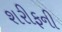
શરીફની